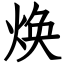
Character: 焕